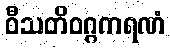
ဝီသတိဝဂ္ဂကရဏံ